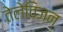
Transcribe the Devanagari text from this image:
तेलेविजन्